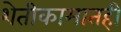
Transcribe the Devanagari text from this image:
शेतीकामातही